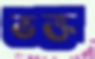
ভক্ত